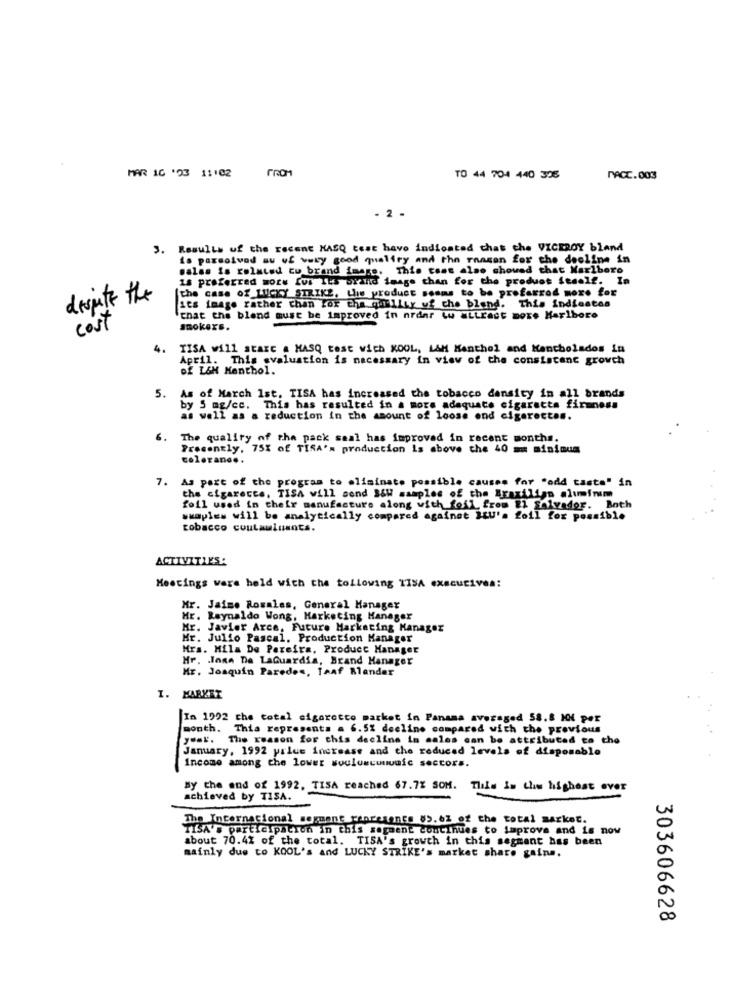
MAR 10 '03 11102
TO 44 704 440 325
MACC.003
- 2 -
3. Results of the recent MASQ test have indicated chat che VICEROY bland
is parsolved au of very good quality and the reason for the decline in
salas is related tu brand image. This case also showed that Marlboro
is preferred more for Its wird image chan for the produet itself. In
the case of LUCKY STRIKE, Lhe product sosms to be proferrod more for
despite the
it's image rather than for the quality of the bland. This indicates
that the blend must be improved in nrdar ww wLLract more Marlboro
cost
smokers.
4.
KISA will start . MASQ test wich KOOL, L&M Menthol and Kancholados in
April. This evaluation is necessary in view of the consistent growch
DE L&H Menthol.
5.
As of March Ist. TISA has increased the tobacco density in all brands
by 5 mg/cc. This has resulted in a more adequate cigaretta firmness
as well as a reduction in the amount of loose ond cigarettes.
6.
The quality of the pack saal has improved in recent months.
Presently, 75% of TISA's production is above che 40 == minimum
colerane ..
7.
As part of the program to eliminate possible causes for "add taste" in
the cigarette, TISA will send B&W samples of the Brazilian aluminum
foll used in their manufacture along with foll from El Salvador. Both
samples will be analytically compared againat ILU's foil for possible
tobacco coutauinants.
ACTIVITIES:
Meetings were held with the tollowing IISA executiveA:
Mr. Jaime Rosales, General Manager
Hr. Reynaldo Wong, Marketing Manager
Javier Arce, Future Marketing Manager
Mr. Julio Pascal, Production Manager
Mrs. Mila De Pereira, Product Manager
Hr. Jane De LaGuardia, Brand Manager
Mr. Joaquin Paredes, TAaf Blander
I. MARKET
In 1992 the total cigaretto market in Panama averaged 58.8 KM per
month. Thia represents a 6.5% decline compared with the previous
ysal. The reason for this decline in sales can be attributed to the
January, 1992 yrlue increase and the reduced levels of disposable
Income among the lower soulowcumusic sectors.
By the end of 1992, TISA reached 67.7% SOM. Tlils In the highest ever
achieved by TISA.
The Internacional serment represents 85.62 of the total market.
TISA's participation in this segment continues to improve and is now
about 70.4% of the total. TISA's growth in this segment has been
mainly due to KOOL's and LUCKY STRIKE's market share gains.
303606628